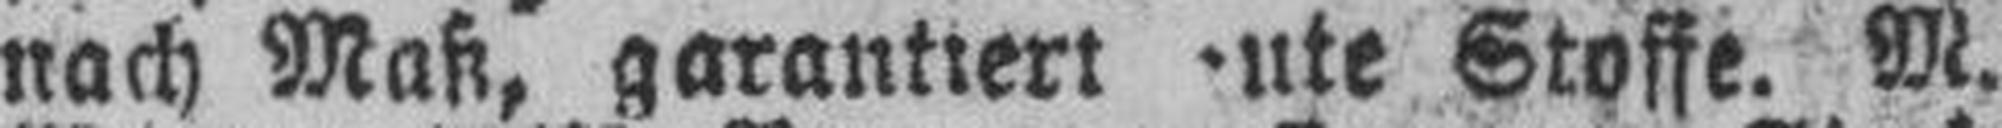
nach Maß, garantiert gute Stoffe. M.